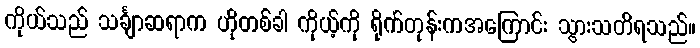
ကိုယ်သည် သင်္ချာဆရာက ဟိုတစ်ခါ ကိုယ့်ကို ရိုက်တုန်းကအကြောင်း သွားသတိရသည်။